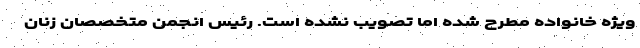
ویژه خانواده مطرح شده اما تصویب نشده است. رئیس انجمن متخصصان زنان